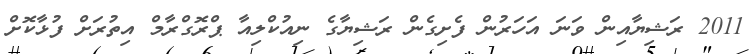
2011 ރަޝިޔާއިން ވަނަ އަހަރުން ފެށިގެން ރަޝިޔާގެ ނިއުކްލިއާ ޕްރޮގްރާމް އިތުރަށް ފުޅާކޮށް